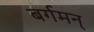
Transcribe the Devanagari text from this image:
बर्गमन्‌